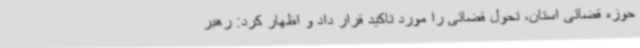
حوزه قضائی استان، تحول قضائی را مورد تاکید قرار داد و اظهار کرد: رهبر